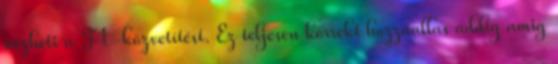
nézheti a F1-közvetítést. Ez teljesen korrekt hozzaallas addig amig